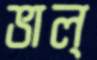
ভাল্